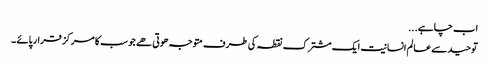
اب چاہے...
توحید سے عالم انسانیت ایک مشترک نقطہ کی طرف متوجہ ھوتی ھے جو سب کا مرکز قرار پائے ۔